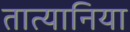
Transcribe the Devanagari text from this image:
तात्यानिया